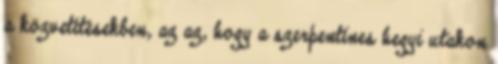
a közvetítésekben, az az, hogy a szerpentines hegyi utakon